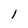
Character: 1